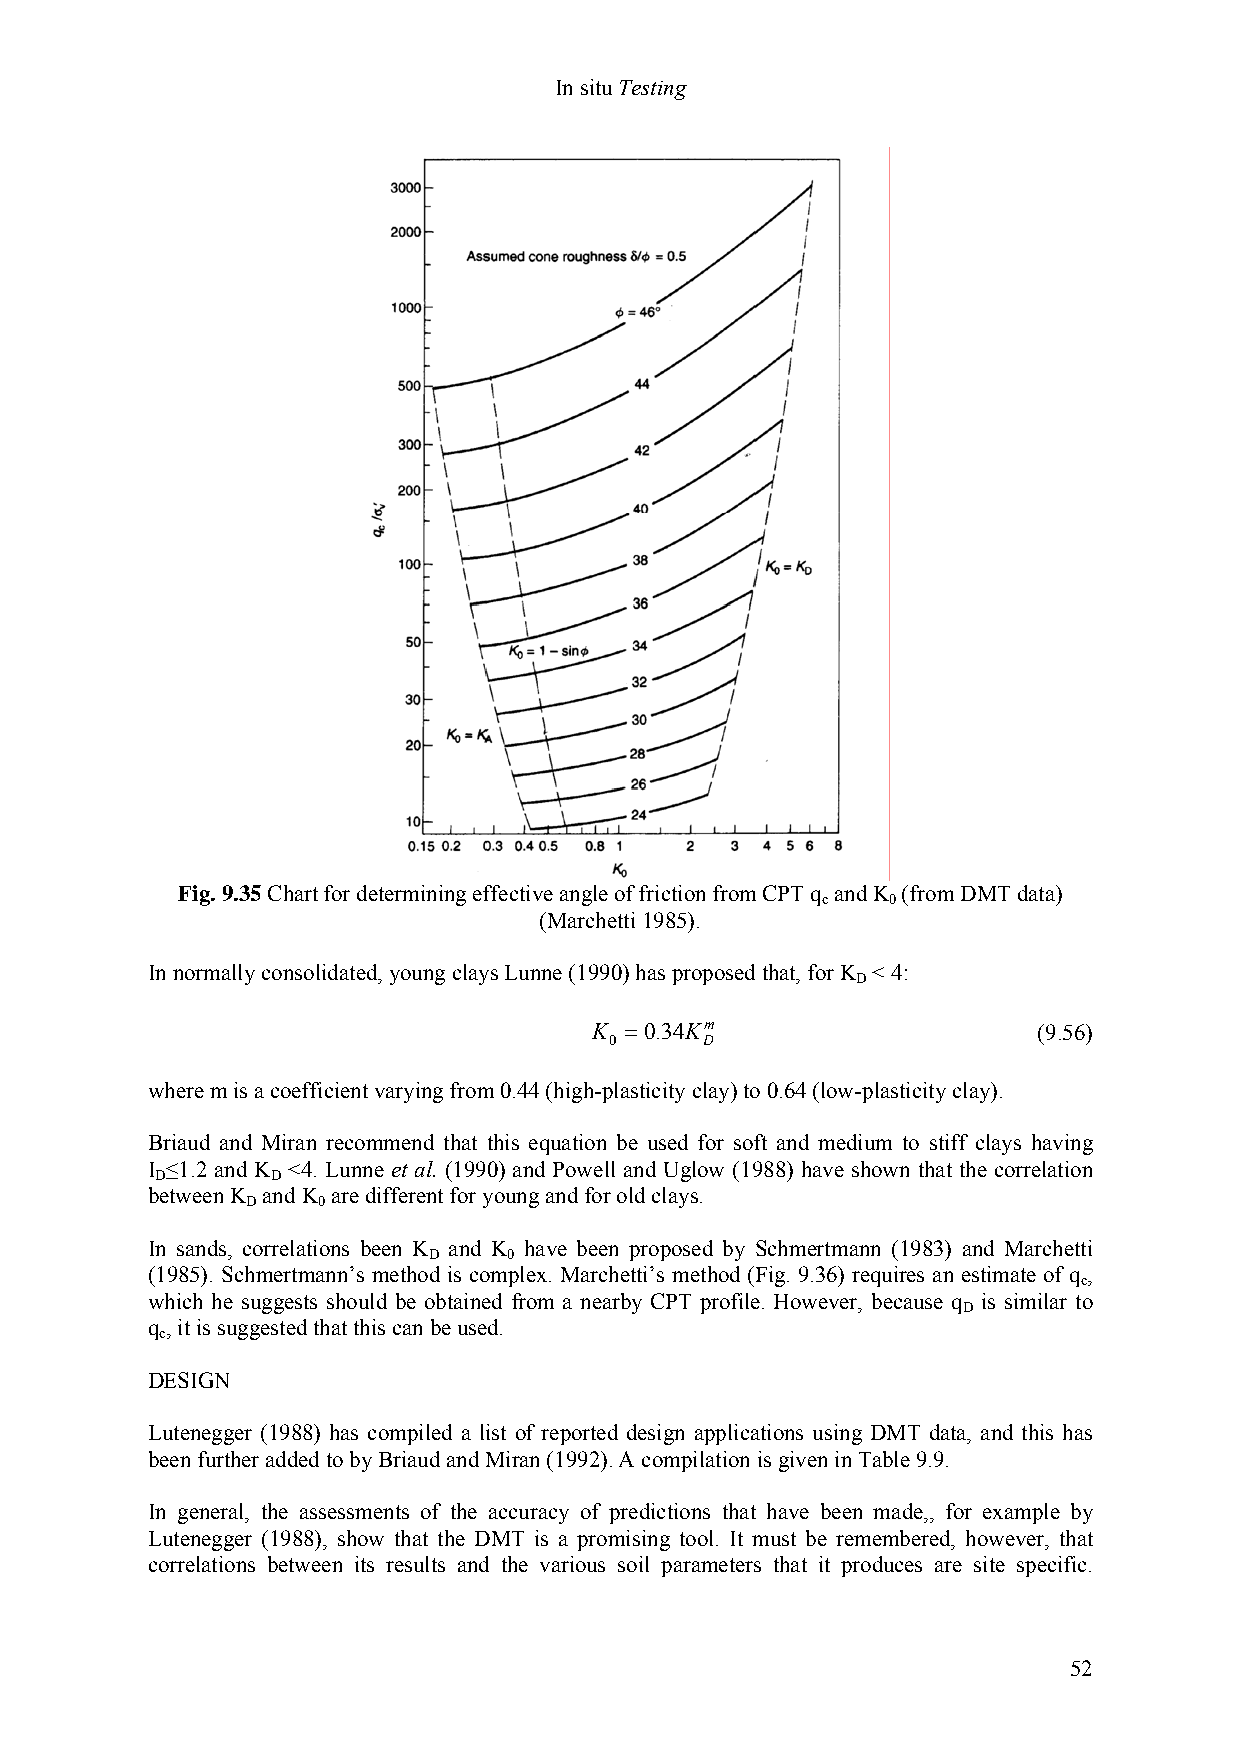
In situ Testing
 Fig. 9.35 Chart for determining effective angle of friction from CPT q and K (from DMT data)
 c    0
 (Marchetti 1985).
 In normally consolidated, young clays Lunne (1990) has proposed that, for K < 4:
 D
 K =0.34Km                     (9.56)
 0      D
 where m is a coefficient varying from 0.44 (high-plasticity clay) to 0.64 (low-plasticity clay).
 Briaud and Miran recommend that this equation be used for soft and medium to stiff clays having
 I ≤1.2 and K <4. Lunne et al. (1990) and Powell and Uglow (1988) have shown that the correlation
 D       D
 between K and K are different for young and for old clays.
 D    0
 In sands, correlations been K and K have been proposed by Schmertmann (1983) and Marchetti
 D     0
 (1985). Schmertmann’s method is complex. Marchetti’s method (Fig. 9.36) requires an estimate of q ,
 c
 which he suggests should be obtained from a nearby CPT profile. However, because q is similar to
 D
 q , it is suggested that this can be used.
 c
 DESIGN
 Lutenegger (1988) has compiled a list of reported design applications using DMT data, and this has
 been further added to by Briaud and Miran (1992). A compilation is given in Table 9.9.
 In general, the assessments of the accuracy of predictions that have been made,, for example by
 Lutenegger (1988), show that the DMT is a promising tool. It must be remembered, however, that
 correlations between its results and the various soil parameters that it produces are site specific.
 52